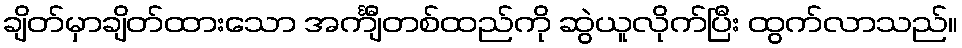
ချိတ်မှာချိတ်ထားသော အင်္ကျီတစ်ထည်ကို ဆွဲယူလိုက်ပြီး ထွက်လာသည်။